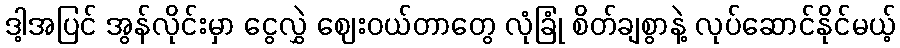
ဒါ့အပြင် အွန်လိုင်းမှာ ငွေလွှဲ ဈေးဝယ်တာတွေ လုံခြုံ စိတ်ချစွာနဲ့ လုပ်ဆောင်နိုင်မယ့်